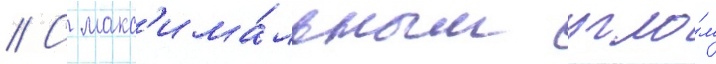
// С макс'има́льным угло́м